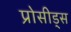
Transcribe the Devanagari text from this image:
प्रोसीड्स